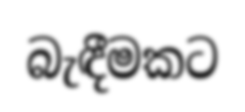
බැඳීමකට